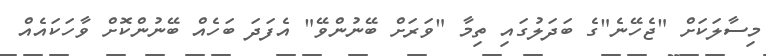
މިސާލަކަށް "ޖެހޭނެ"ގެ ބަދަލުގައި ތިމާ "ވަރަށް ބޭނުންވޭ" އެފަދަ ބަހެއް ބޭނުންކޮށް ވާހަކައެއް